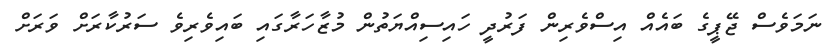
ނަމަވެސް ޖޭޕީގެ ބައެއް އިސްވެރިން ފަރުދީ ހައިސިއްޔަތުން މުޒާހަރާގައި ބައިވެރިވެ ސަރުކާރަށް ވަރަށް